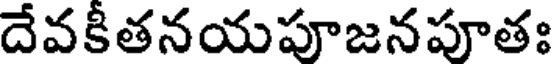
దేవకితనయపూజనపూతః